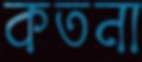
কতনা